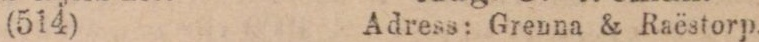
(514) Adress: Grenna & Raëstorp.